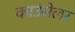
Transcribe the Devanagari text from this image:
काउंसेलर